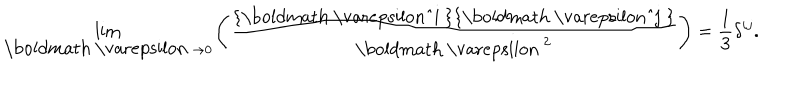
\lim _ { { \mathrm { \boldmath ~ \ v a r e p s i l o n ~ } } \to 0 } \left( \frac { \mathrm { { \boldmath ~ \ v a r e p s i l o n ^ { i } ~ } } \mathrm { { \boldmath ~ \ v a r e p s i l o n ^ { j } ~ } } } { { \mathrm { \boldmath ~ \ v a r e p s i l o n ~ } } ^ { 2 } } \right) = \frac { 1 } { 3 } \delta ^ { i j } .